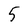
Character: 5